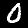
Digit: 0